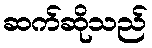
ဆက်ဆိုသည်